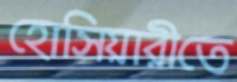
হোসিয়ারীতে